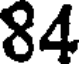
84